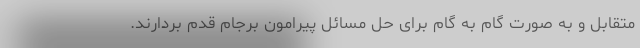
متقابل و به صورت گام به گام برای حل مسائل پیرامون برجام قدم بردارند.